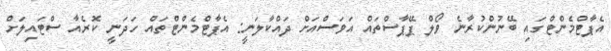
އެޕާޓްމެންޓްގައި ބޭނުންކުރާނެ ވޯލް ޕޭޕާސްތައް އަވަސްއަށް ދައްކާލަނީ: އެޕާޓްމެންޓްތައް ހަދަނީ ކޮރެއާ ސްޓައިލަށް